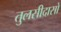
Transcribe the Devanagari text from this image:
तुलसीदासो